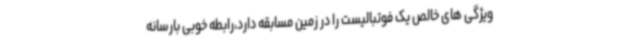
ویژگی های خالص یک فوتبالیست را در زمین مسابقه دارد،رابطه خوبی بارسانه